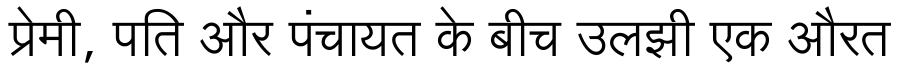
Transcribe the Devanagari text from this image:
प्रेमी, पति और पंचायत के बीच उलझी एक औरत